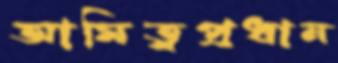
আমিত্বপ্রধান